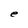
Character: e